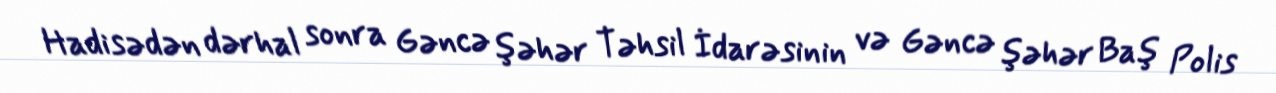
Hadisədən dərhal sonra Gəncə şəhər Təhsil İdarəsinin və Gəncə şəhər Baş Polis